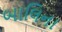
બાલિના